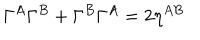
\Gamma ^ { A } \Gamma ^ { B } + \Gamma ^ { B } \Gamma ^ { A } = 2 \eta ^ { A B }